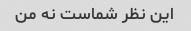
این نظر شماست نه من